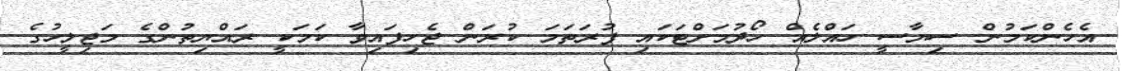
އެހެންކަމުން ސިޔާސީ ހައްލެއް ހޯދުމަށްޓަކައި ފުރަތަމަ ކުރަން ޖެހިފައިވާ ކަމަކީ ރައްޔިތުންގެ މަޖިލީހުގެ